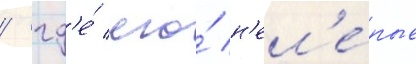
/ гд'е́ его́ н'ел'е́пые